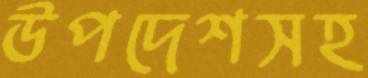
উপদেশসহ